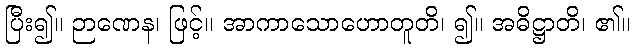
ပြီး၍။ ဉာဏေန၊ ဖြင့်။ အာကာသောဟောတူတိ၊ ၍။ အဓိဋ္ဌာတိ၊ ၏။